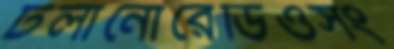
টলানোরেডিওসং